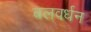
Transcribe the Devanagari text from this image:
बलवर्धन